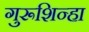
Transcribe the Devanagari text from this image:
गुरूशिन्हा